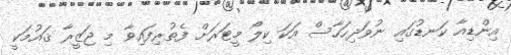
އިންޑިއާ ކަނޑުގައި ނުވަދިހަހާސް އަކަ ކިލޯ މީޓަރަށް ފެތުރިފައިވާ މި ޖަޒީރާ ޤައުމަކީ